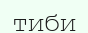
тиби